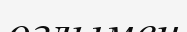
оғлымен